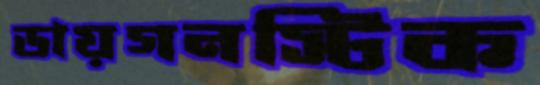
ডায়গনস্টিক